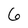
Character: 6